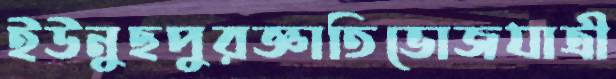
ইউনুছপুরজ্ঞাতিভোজযাত্রী